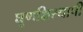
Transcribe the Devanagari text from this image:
घूणक्षिस्थापी